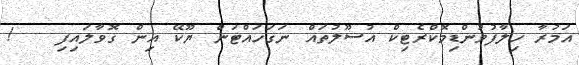
އަމުރާ ހިލާފުވުންޑިމޮކްރެޓިކް އުސޫލުތައް ނަގަހައްޓަން ޔޫކޭ އިން ގޮވާލައިފި   !